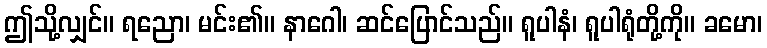
ဤသို့လျှင်။ ရညော၊ မင်း၏။ နာဂေါ၊ ဆင်ပြောင်သည်။ ရူပါနံ၊ ရူပါရုံတို့ကို။ ခမော၊